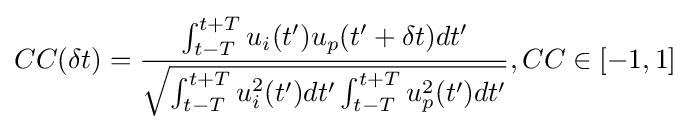
CC(\delta t)={\frac {\int _{t-T}^{t+T}u_{i}(t')u_{p}(t'+\delta t)dt'}{\sqrt {\int _{t-T}^{t+T}u_{i}^{2}(t')dt'\int _{t-T}^{t+T}u_{p}^{2}(t')dt'}}},CC\in [-1,1]